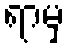
ရာမှ